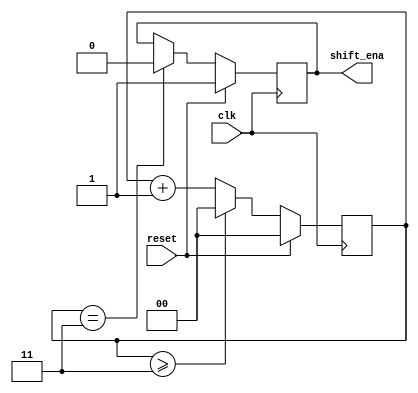
module top_module(
    input        clk,
    input      reset,
    output shift_ena
);

    reg [1:0]cnt;
    wire  cnt_en;
    always @(posedge clk) begin
        if(reset)          cnt<=    2'b0;
        else if(cnt>=2'd3) cnt<=    2'b0;
        else               cnt<=cnt+1'b1;
    end

    assign cnt_en=(cnt==2'd3);


    always @(posedge clk) begin
        if(reset)        shift_ena<=1'b1;
        else if (cnt_en) shift_ena<=1'b0;
        // else             shift_ena<=1'b1;
    end


endmodule